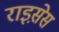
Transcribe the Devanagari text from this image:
राइस़ेस